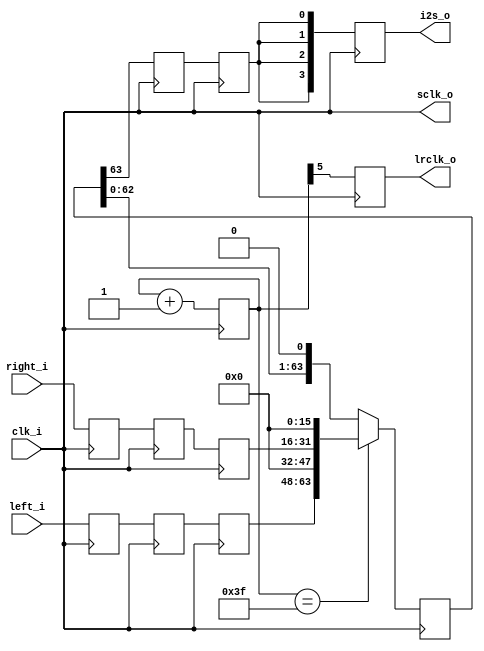
module i2s_audio ( 
	input clk_i,
	input [15:0] left_i,
	input [15:0] right_i,
	output reg [3:0] i2s_o,
	output reg lrclk_o,
	output sclk_o
	);

	// Wire definitions ===========================================================================
	
	// Registers ==================================================================================
  reg [5:0] bit_cntr = 0;
  reg [3:0] i2s = 0;
  reg [63:0] shift_reg = 64'd0;
  reg delayed_out = 0;
  // Synchronizer chain
  reg [15:0] left_buffer[0:2];
  reg [15:0] right_buffer[0:2];
	
	// Assignments ================================================================================
  assign sclk_o = clk_i;
	
	// Module connections =========================================================================
	
	// Simulation branches and control ============================================================
	
  // Update output lines on negative edge because HDMI chip reads on posedge
  always @(negedge clk_i)
	begin
  	lrclk_o <= bit_cntr[5];
  	i2s_o[0] <= i2s[0];
  	i2s_o[1] <= i2s[1];
  	i2s_o[2] <= i2s[2];
  	i2s_o[3] <= i2s[3];
	end
 
  // Repeatedly counts 0-63 bits out
  always @(posedge clk_i)
      bit_cntr <= bit_cntr + 1'b1;
 
  // Shift the bits out
  always @(negedge clk_i)
  begin
	if( bit_cntr == 6'd63 )
	{delayed_out, shift_reg} <= {shift_reg[63],left_buffer[0],16'd0,right_buffer[0],16'd0};
	else
	{delayed_out,shift_reg} <= {shift_reg,1'b0};
  end
 
  // Send MSB to output, note this delays the data by one clock as required for the LRCLK
  always @(posedge clk_i)
  begin
	i2s[0] <= delayed_out;
	i2s[1] <= delayed_out;
	i2s[2] <= delayed_out;
	i2s[3] <= delayed_out;
  end
 
	// Synchronizer for input
	always @(posedge clk_i)
	begin
		{left_buffer[0],left_buffer[1],left_buffer[2]} <= {left_buffer[1],left_buffer[2],left_i};
		{right_buffer[0],right_buffer[1],right_buffer[2]} <= {right_buffer[1],right_buffer[2],right_i};
	end

	// Other logic ================================================================================

endmodule